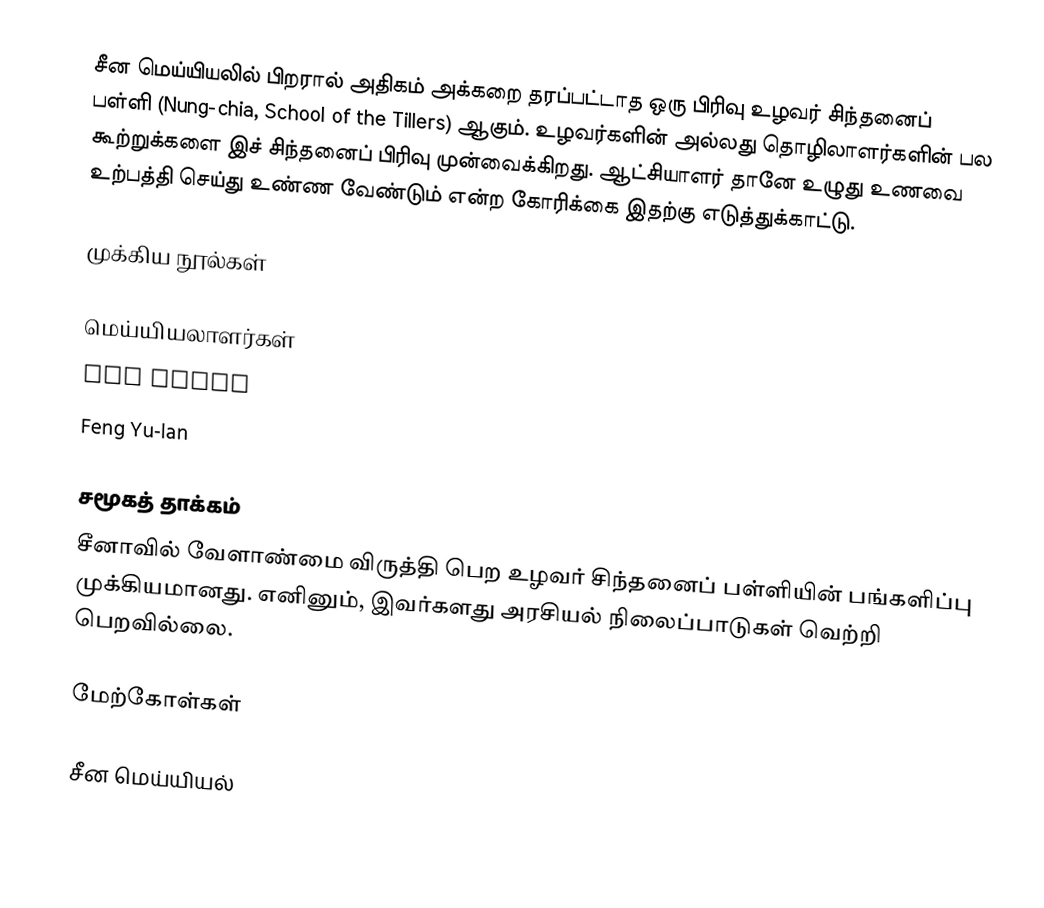
சீன மெய்யியலில் பிறரால் அதிகம் அக்கறை தரப்பட்டாத ஒரு பிரிவு உழவர் சிந்தனைப் பள்ளி (Nung-chia, School of the Tillers) ஆகும். உழவர்களின் அல்லது தொழிலாளர்களின் பல கூற்றுக்களை இச் சிந்தனைப் பிரிவு முன்வைக்கிறது. ஆட்சியாளர் தானே உழுது உணவை உற்பத்தி செய்து உண்ண வேண்டும் என்ற கோரிக்கை இதற்கு எடுத்துக்காட்டு.

முக்கிய நூல்கள்

மெய்யியலாளர்கள்
 Hsu Hsing
 Feng Yu-lan

சமூகத் தாக்கம்
சீனாவில் வேளாண்மை விருத்தி பெற உழவர் சிந்தனைப் பள்ளியின் பங்களிப்பு முக்கியமானது. எனினும், இவர்களது அரசியல் நிலைப்பாடுகள் வெற்றி பெறவில்லை.

மேற்கோள்கள்

சீன மெய்யியல்